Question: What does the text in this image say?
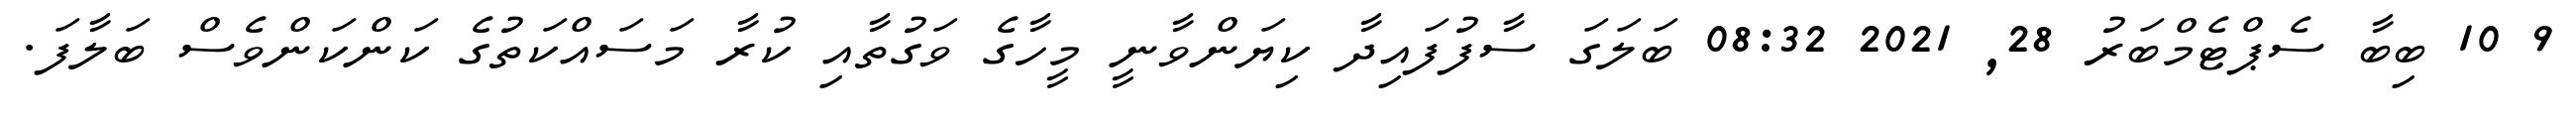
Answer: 9 10 ބިބާ ސެޕްޓެމްބަރު 28, 2021 08:32 ބަލަގަ ސާފުފައިދާ ކިޔަންވާނީ މީހާގެ ވަގުތާއި ކުރާ މަސައްކަތުގެ ކަންކަންވެސް ބަލާފަ.